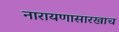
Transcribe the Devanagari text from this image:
नारायणासारखाच